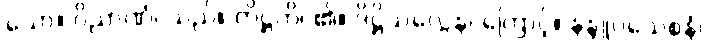
သော။ ဝိညာဏံ၊ သည်။ တိဋ္ဌတိ၊ ၏။ ဒိဋ္ဌိသလ္လေန၊ ကြောင့်။ နန္ဒူပသေစနံ၊